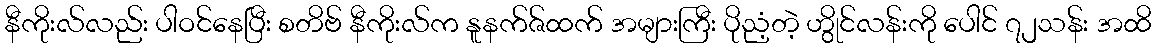
နီကိုးလ်လည်း ပါဝင်နေပြီး စတိဗ် နီကိုးလ်က နူနက်ဇ်ထက် အများကြီး ပိုညံ့တဲ့ ဟွိုင်လန်းကို ပေါင် ၇၂သန်း အထိ